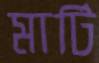
মার্টি